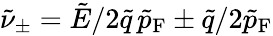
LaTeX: \tilde{\nu}_{\pm}=\tilde{E}/2\tilde{q}\, \tilde{p}_{\mathrm{F}}\pm\tilde{q}/2\tilde{p}_{\mathrm{F}}